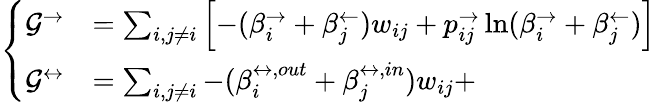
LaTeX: \left\{ \begin{array}{ll}{\mathcal{G}^{\rightarrow}}&{=\sum_{i,j\neq i}\left[-(\beta_{i}^{\rightarrow}+\beta_{j}^{\leftarrow})w_{ij}+p_{ij}^{\rightarrow}\ln(\beta_{i}^{\rightarrow}+\beta_{j}^{\leftarrow})\right]}\\ {\mathcal{G}^{\leftrightarrow}}&{=\sum_{i,j\neq i}-(\beta_{i}^{\leftrightarrow,out}+\beta_{j}^{\leftrightarrow,in})w_{ij}+}\end{array}\right.